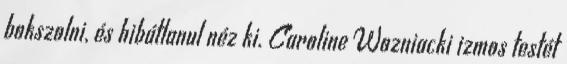
bokszolni, és hibátlanul néz ki. Caroline Wozniacki izmos testét